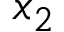
x _ { 2 }